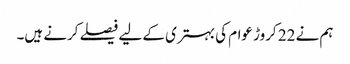
ہم نے 22 کروڑ عوام کی بہتری کے لیے فیصلے کرنے ہیں۔